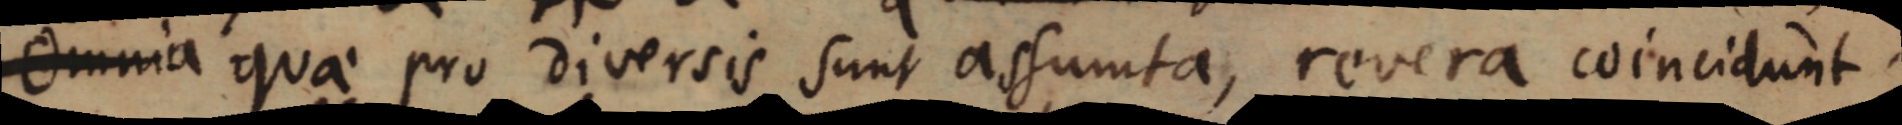
Omnia quae pro diversis sunt assumta, revera coincidunt